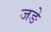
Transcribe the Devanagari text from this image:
जङे